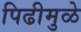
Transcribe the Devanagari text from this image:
पिढीमुळे